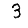
Digit: 3